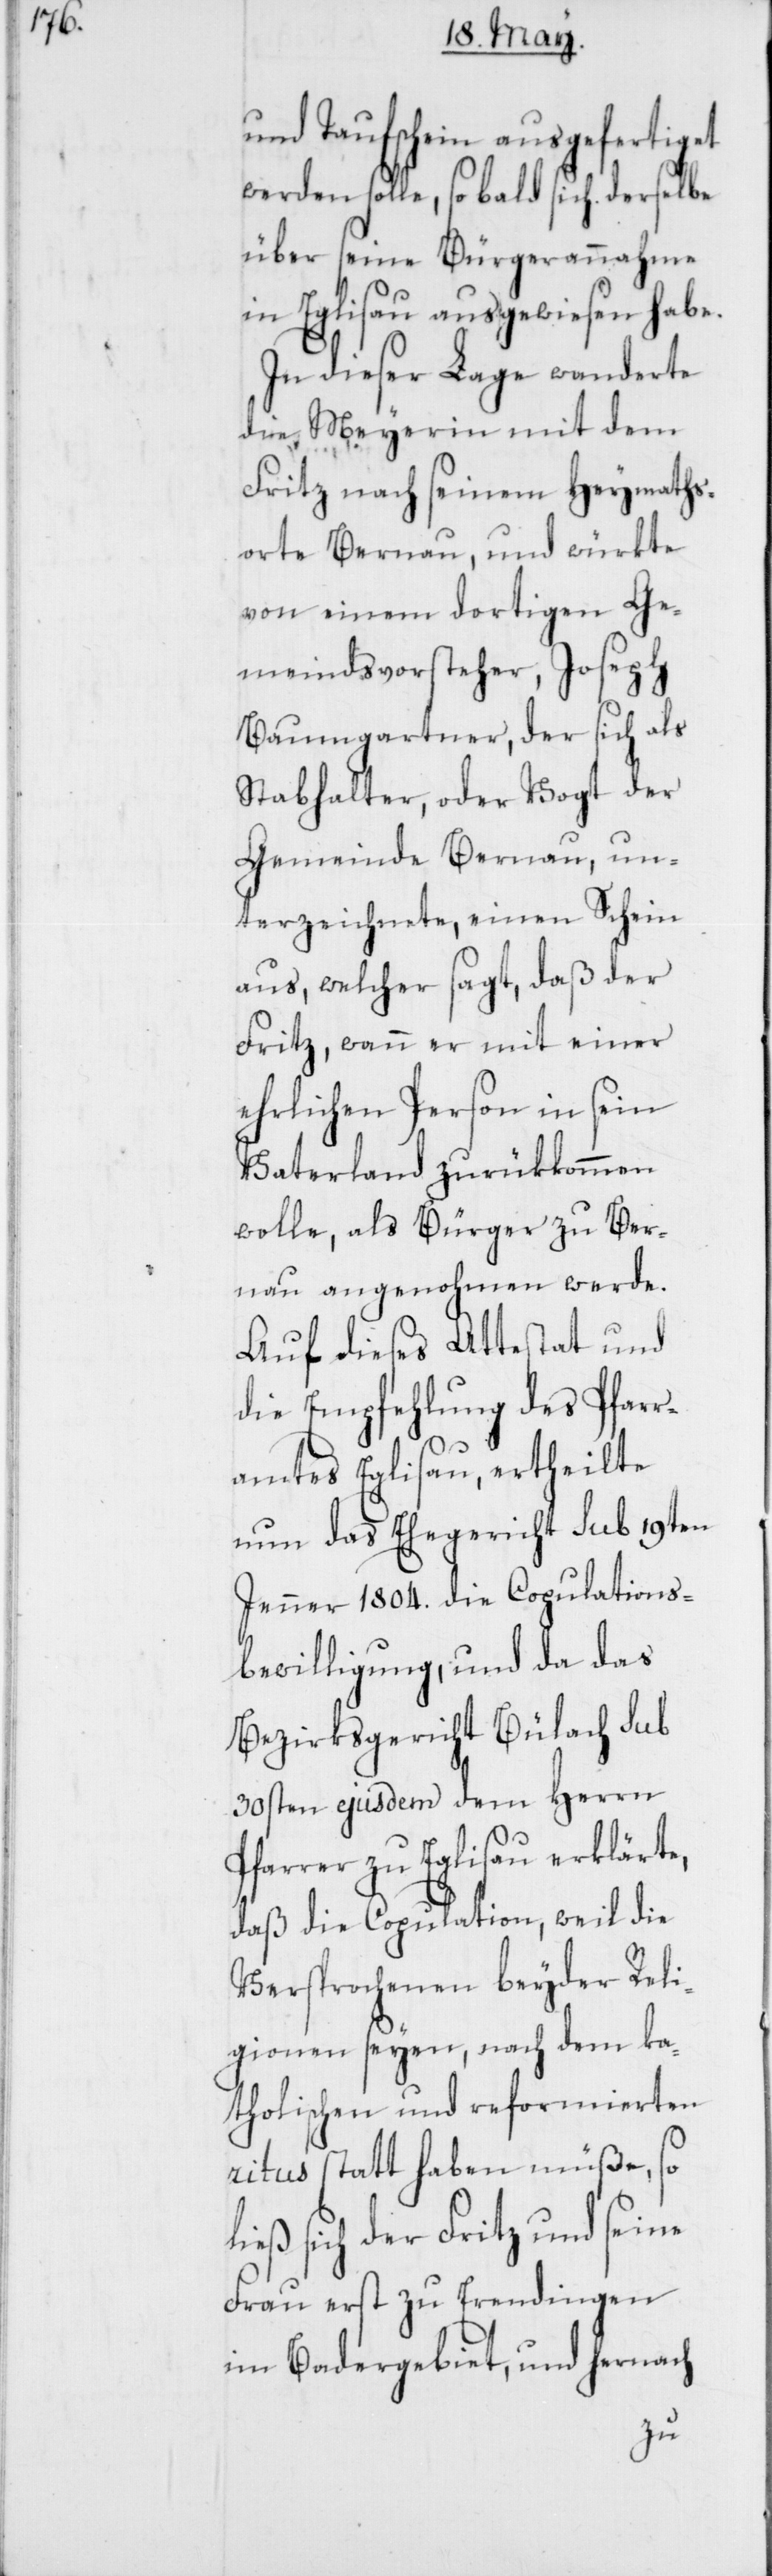
und Taufschein ausgefertiget
werden solle, so bald sich derselbe
über seine Bürgerannahme
in Eglisau ausgewiesen habe.
In dieser Lage wanderte
die Meyerin mit dem
Fritz nach seinem Heymaths¬
orte Bernau, und würkte
von einem dortigen Ge¬
meindsvorsteher, Joseph
Baumgartner, der sich als
Stabhalter, oder Vogt der
Gemeinde Bernau, un¬
terzeichnete, einen Schein
aus, welcher sagt, daß der
Fritz, wann er mit einer
ehrlichen Person in sein
Vaterland zurükkommen
wolle, als Bürger zu Ber¬
nau angenohmen werde.
Auf dieses Attestat und
die Empfehlung des Pfarr¬
amtes Eglisau, ertheilte
nun das Ehegericht sub 19ten
Jenner 1804. die Copulations¬
bewilligung, und da das
Bezirksgericht Bülach sub
30sten ejusdem dem Herrn
Pfarrer zu Eglisau erklärte,
daß die Copulation, weil die
Versprochenen beyder Reli¬
gionen seyen, nach dem ka¬
tholischen und reformierten
ritus statt haben müße, so
ließ sich der Fritz und seine
Frau erst zu Erendingen
im Badergebiet, und hernach